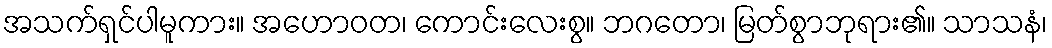
အသက်ရှင်ပါမူကား။ အဟောဝတ၊ ကောင်းလေးစွ။ ဘဂတော၊ မြတ်စွာဘုရား၏။ သာသနံ၊